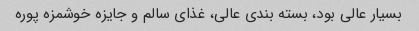
بسیار عالی بود، بسته بندی عالی، غذای سالم و جایزه خوشمزه پوره